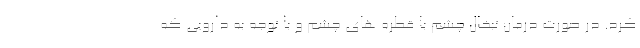
کرد. در صورت درمان تبخال چشم با قطره های چشم و با توجه به دارویی که